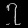
Digit: ၇